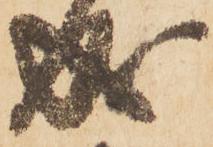
成